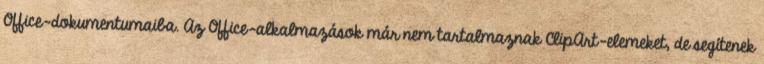
Office-dokumentumaiba. Az Office-alkalmazások már nem tartalmaznak ClipArt-elemeket, de segítenek